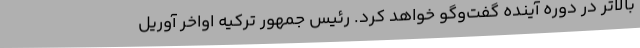
بالاتر در دوره آینده گفت‌وگو خواهد کرد. رئیس جمهور ترکیه اواخر آوریل